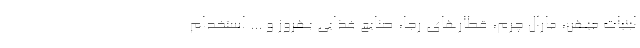
لبنیات میهن، مارال چرم، قطارهای رجا، صنایع غذایی بهروز و ... استخدام